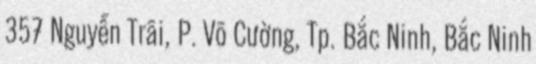
357 Nguyễn Trãi, P. Võ Cường, Tp. Bắc Ninh, Bắc Ninh